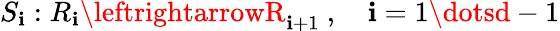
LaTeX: S_{\mathbf{i}}:R_{\mathbf{i}}\leftrightarrowR_{\mathbf{i}+1}\ ,\quad\mathbf{i}=1\dotsd-1